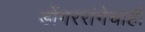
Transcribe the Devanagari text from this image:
डोंगररांगेचाही